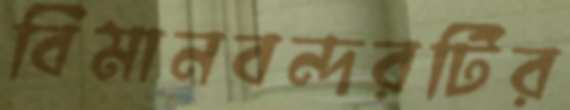
বিমানবন্দরটির